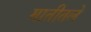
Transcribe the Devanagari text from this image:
मातीतले